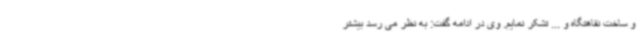
و ساخت نقاهتگاه و ... تشکر نمایم. وی در ادامه گفت: به نظر می رسد بیشتر